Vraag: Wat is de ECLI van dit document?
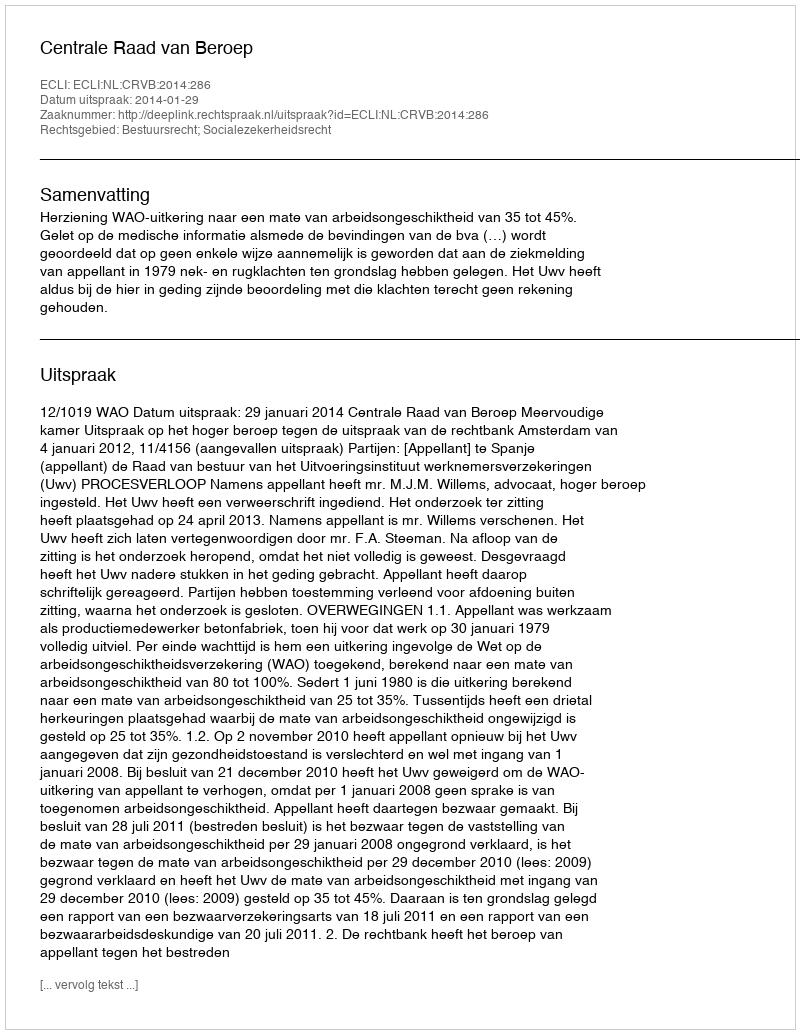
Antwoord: ECLI:NL:CRVB:2014:286